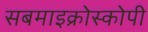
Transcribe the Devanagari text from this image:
सबमाइक्रोस्कोपी